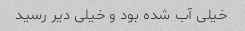
خیلی آب شده بود و خیلی دیر رسید